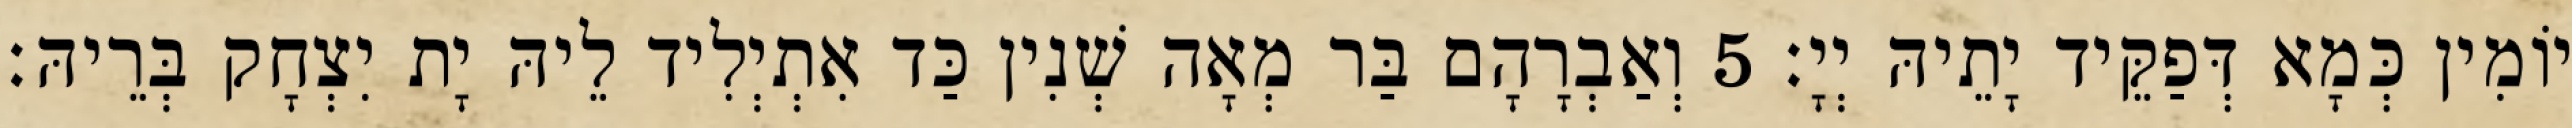
יוֹמִין כְּמָא דְּפַקֵּיד יָתֵיהּ יְיָ׃ 5 וְאַבְרָהָם בַּר מְאָה שְׁנִין כַּד אִתְיְלִיד לֵיהּ יָת יִצְחָק בְּרֵיהּ׃